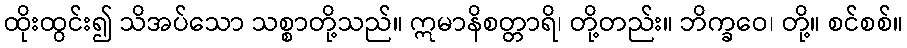
ထိုးထွင်း၍ သိအပ်သော သစ္စာတို့သည်။ ဣမာနိစတ္တာရိ၊ တို့တည်း။ ဘိက္ခဝေ၊ တို့။ စင်စစ်။